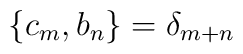
\lbrace c_m, b_n \rbrace = {\delta}_{m+n}